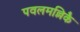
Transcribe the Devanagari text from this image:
पवलमल्लिकै